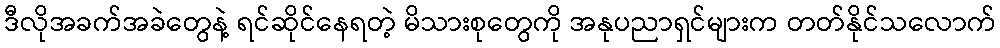
ဒီလိုအခက်အခဲတွေနဲ့ ရင်ဆိုင်နေရတဲ့ မိသားစုတွေကို အနုပညာရှင်များက တတ်နိုင်သလောက်